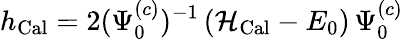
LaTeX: h_{\mathrm{Cal}}=2(\Psi_{0}^{(c)})^{-1}\, ({\cal H}_{\mathrm{Cal}}-E_{0})\, \Psi_{0}^{(c)}